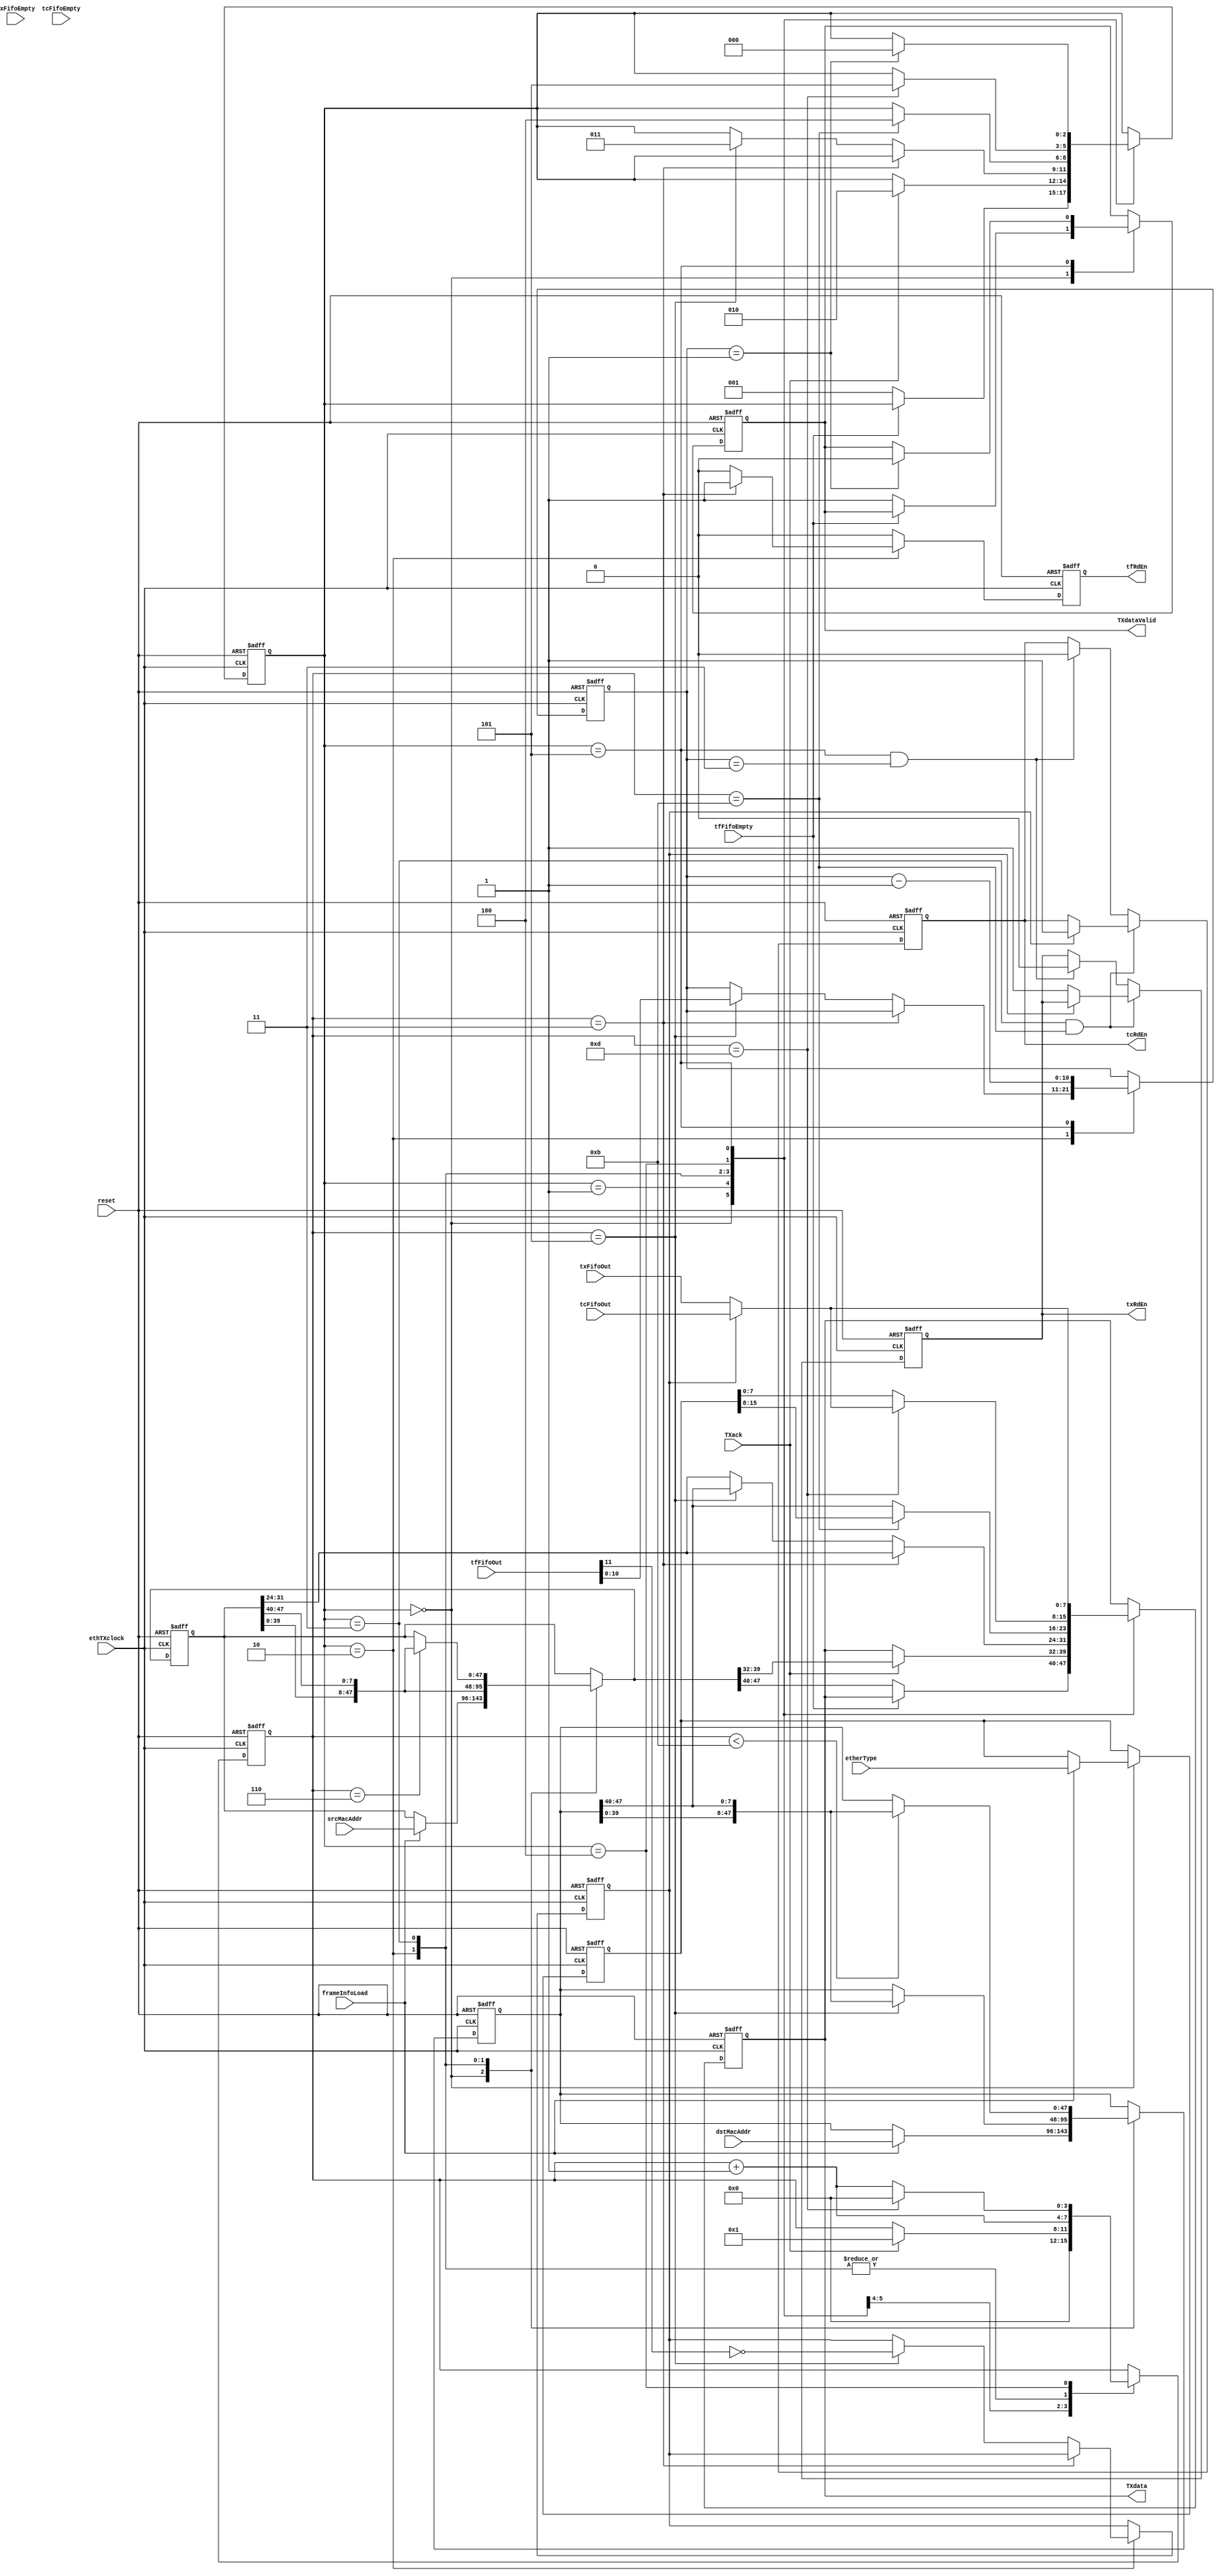
`timescale 1ns / 1ps

//Ethernet Transmiter

//state definition for transmiter
`define T_IDLE        3'd0
`define T_FIRST_SEND  3'd1
`define T_DST_ADDR    3'd2
`define T_SRC_ADDR    3'd3
`define T_LEN_TYPE    3'd4
`define T_DATA        3'd5

module etherTX( ethTXclock,
                reset,
                frameInfoLoad,
                srcMacAddr,
                dstMacAddr,
                etherType,
                txFifoOut,
                txFifoEmpty,
                txRdEn,
                tcFifoOut,
                tcFifoEmpty,
                tcRdEn,
                tfFifoOut,
                tfFifoEmpty,
                tfRdEn,
                TXack,
                TXdata,
                TXdataValid
              );

  input         ethTXclock;
  input         reset;
  
  //frame info
  input         frameInfoLoad;
  input  [47:0] srcMacAddr;
  input  [47:0] dstMacAddr;
  input  [15:0] etherType;

  //transmitter data FIFO
  input   [7:0] txFifoOut;
  input         txFifoEmpty;
  output        txRdEn;

  //transmitter data FIFO from cache tree
  input   [7:0] tcFifoOut;
  input         tcFifoEmpty;
  output        tcRdEn;  

  //transmitter frame info FIFO
  input  [11:0] tfFifoOut;
  input         tfFifoEmpty;
  output        tfRdEn;
  
  //data to/from MAC
  input         TXack;
  output  [7:0] TXdata;
  output        TXdataValid;
  
  //states and counters
  reg  [2:0]  t_current_state,  t_next_state;
  
  //transmitter data FIFO
  reg         txRdEn_w,         txRdEn_r;

  //transmitter data FIFO
  reg         tcRdEn_w,         tcRdEn_r;
  
  //transmitter frame info FIFO
  reg         tfRdEn_w,         tfRdEn_r;
  
  //data to MAC
  reg   [7:0] TXdata_w,         TXdata_r;
  reg         TXdataValid_w,    TXdataValid_r;
  
  reg  [10:0] byteToSend_w,     byteToSend_r;
  reg  [3:0]  addr_cnt_w,       addr_cnt_r;
  reg  [47:0] srcMacAddr_w,     srcMacAddr_r;
  reg  [47:0] dstMacAddr_w,     dstMacAddr_r;
  reg  [15:0] etherType_w,      etherType_r;
  reg         is_tree_w,        is_tree_r;
  
  assign txRdEn      = txRdEn_r;
  assign tfRdEn      = tfRdEn_r;
  assign tcRdEn      = tcRdEn_r;
  assign TXdata      = TXdata_r;
  assign TXdataValid = TXdataValid_r;
  
  
//transmiter state transition
always @ (*)
begin
  t_next_state  = t_current_state;
  byteToSend_w  = byteToSend_r;
  addr_cnt_w    = addr_cnt_r;
  TXdata_w      = TXdata_r;
  TXdataValid_w = TXdataValid_r;
  tfRdEn_w      = 1'b0;
  is_tree_w     = is_tree_r;
  
 case(t_current_state)
    `T_IDLE:
      begin
        addr_cnt_w = 4'd0;
        if(!tfFifoEmpty)
         begin
           t_next_state  = `T_FIRST_SEND;
           TXdataValid_w = 1'b1;
           TXdata_w      = dstMacAddr_w[47:40];           
         end
      end
    `T_FIRST_SEND:
      begin
        if(TXack)
         begin
           t_next_state = `T_DST_ADDR;
           TXdata_w     = dstMacAddr_w[39:32];
           addr_cnt_w   = 4'd1;
         end
      end
    `T_DST_ADDR:
      begin
        addr_cnt_w   = addr_cnt_r + 1'b1;
        TXdata_w     = dstMacAddr_r[31:24];
        if( addr_cnt_r == 4'd3 )
         begin
           tfRdEn_w = 1'b1;
         end
        else if( addr_cnt_r == 4'd5 )
         begin
           t_next_state = `T_SRC_ADDR;
           TXdata_w     = srcMacAddr_r[47:40];
           byteToSend_w = tfFifoOut[10:0];
           is_tree_w    = !tfFifoOut[11];
         end
      end
    `T_SRC_ADDR:
      begin
        addr_cnt_w   = addr_cnt_r + 1'b1;
        TXdata_w     = srcMacAddr_r[47:40];
        if( addr_cnt_r == 4'd11 )
         begin
           t_next_state  = `T_LEN_TYPE;
           TXdata_w      = etherType_r[15:8];
         end
      end
    `T_LEN_TYPE:
      begin
        addr_cnt_w   = addr_cnt_r + 1'b1;
        TXdata_w     = etherType_r[7:0];
        if( addr_cnt_r == 4'd13 )
         begin
           t_next_state  = `T_DATA;
           addr_cnt_w    = 4'd0;
           if(is_tree_r)
             TXdata_w      = tcFifoOut;
           else
             TXdata_w      = txFifoOut;
         end
      end
    `T_DATA:
      begin
        byteToSend_w = byteToSend_r - 1'b1;
        if(is_tree_r)
          TXdata_w   = tcFifoOut;
        else
          TXdata_w   = txFifoOut;
        if( byteToSend_r == 11'd1 )
         begin
           TXdataValid_w = 1'b0;
           t_next_state = `T_IDLE;
         end
      end
    default:;
  endcase
end

//read transmitter data FIFO
always @ (*)
begin
  txRdEn_w  = txRdEn_r;
  tcRdEn_w  = tcRdEn_r;
  if( ( t_current_state == `T_SRC_ADDR ) && ( addr_cnt_r == 4'd11 ) )
   begin
     if(is_tree_r)
       tcRdEn_w = 1'b1;
     else
       txRdEn_w = 1'b1;
   end
  else if( ( t_current_state == `T_DATA ) && ( byteToSend_r == 11'd3 ) )
   begin
     tcRdEn_w = 1'b0;
     txRdEn_w = 1'b0;
   end
end
  
 
//store and output source and destination address
always @ (*)
begin
  srcMacAddr_w = srcMacAddr_r;
  dstMacAddr_w = dstMacAddr_r;
  etherType_w  = etherType_r; 
  case( t_current_state )
    `T_IDLE:
      begin
        if(frameInfoLoad)
         begin
           srcMacAddr_w = dstMacAddr;
           dstMacAddr_w = srcMacAddr;
           etherType_w  = etherType;
         end
      end
    `T_DST_ADDR:
      begin
        dstMacAddr_w = { dstMacAddr_r[39:0], dstMacAddr_r[47:40] };
        if( addr_cnt_r == 4'd5 )
         begin
           srcMacAddr_w = { srcMacAddr_r[39:0], srcMacAddr_r[47:40] };
         end
      end
    `T_SRC_ADDR:
      begin
        if( addr_cnt_r == 4'd6 )
         begin
           dstMacAddr_w = { dstMacAddr_r[39:0], dstMacAddr_r[47:40] };
         end
        if( addr_cnt_r < 4'd11 )
         begin
           srcMacAddr_w = { srcMacAddr_r[39:0], srcMacAddr_r[47:40] };
         end
      end
    default:;
  endcase
end

  
  
always @ ( posedge ethTXclock or posedge reset )
 begin
   if(reset)
    begin
      t_current_state <= `T_IDLE;
      txRdEn_r        <= 1'b0;
      tcRdEn_r        <= 1'b0;
      tfRdEn_r        <= 1'b0;
      byteToSend_r    <= 11'd0;
      addr_cnt_r      <= 4'd0;
      srcMacAddr_r    <= 48'd0;
      dstMacAddr_r    <= 48'd0;
      etherType_r     <= 16'd0;
      TXdata_r        <= 8'd0;
      TXdataValid_r   <= 1'b0;
      is_tree_r       <= 1'b0;
    end
   else
    begin
      t_current_state <= t_next_state;
      txRdEn_r        <= txRdEn_w;
      tcRdEn_r        <= tcRdEn_w;
      tfRdEn_r        <= tfRdEn_w;
      byteToSend_r    <= byteToSend_w;
      addr_cnt_r      <= addr_cnt_w;
      srcMacAddr_r    <= srcMacAddr_w;
      dstMacAddr_r    <= dstMacAddr_w;
      etherType_r     <= etherType_w;
      TXdata_r        <= TXdata_w;
      TXdataValid_r   <= TXdataValid_w;
      is_tree_r       <= is_tree_w;
    end
 end


endmodule